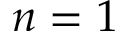
n = 1